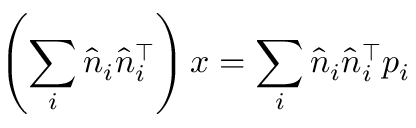
\left( \sum _ { i } { \hat { n } } _ { i } { \hat { n } } _ { i } ^ { \top } \right) x = \sum _ { i } { \hat { n } } _ { i } { \hat { n } } _ { i } ^ { \top } p _ { i }